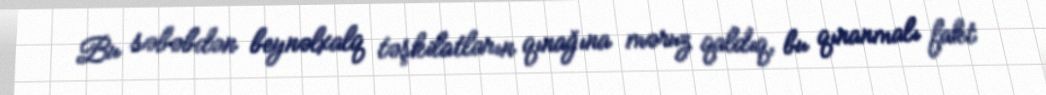
Bu səbəbdən beynəlxalq təşkilatların qınağına məruz qaldıq, bu qınanmalı fakt